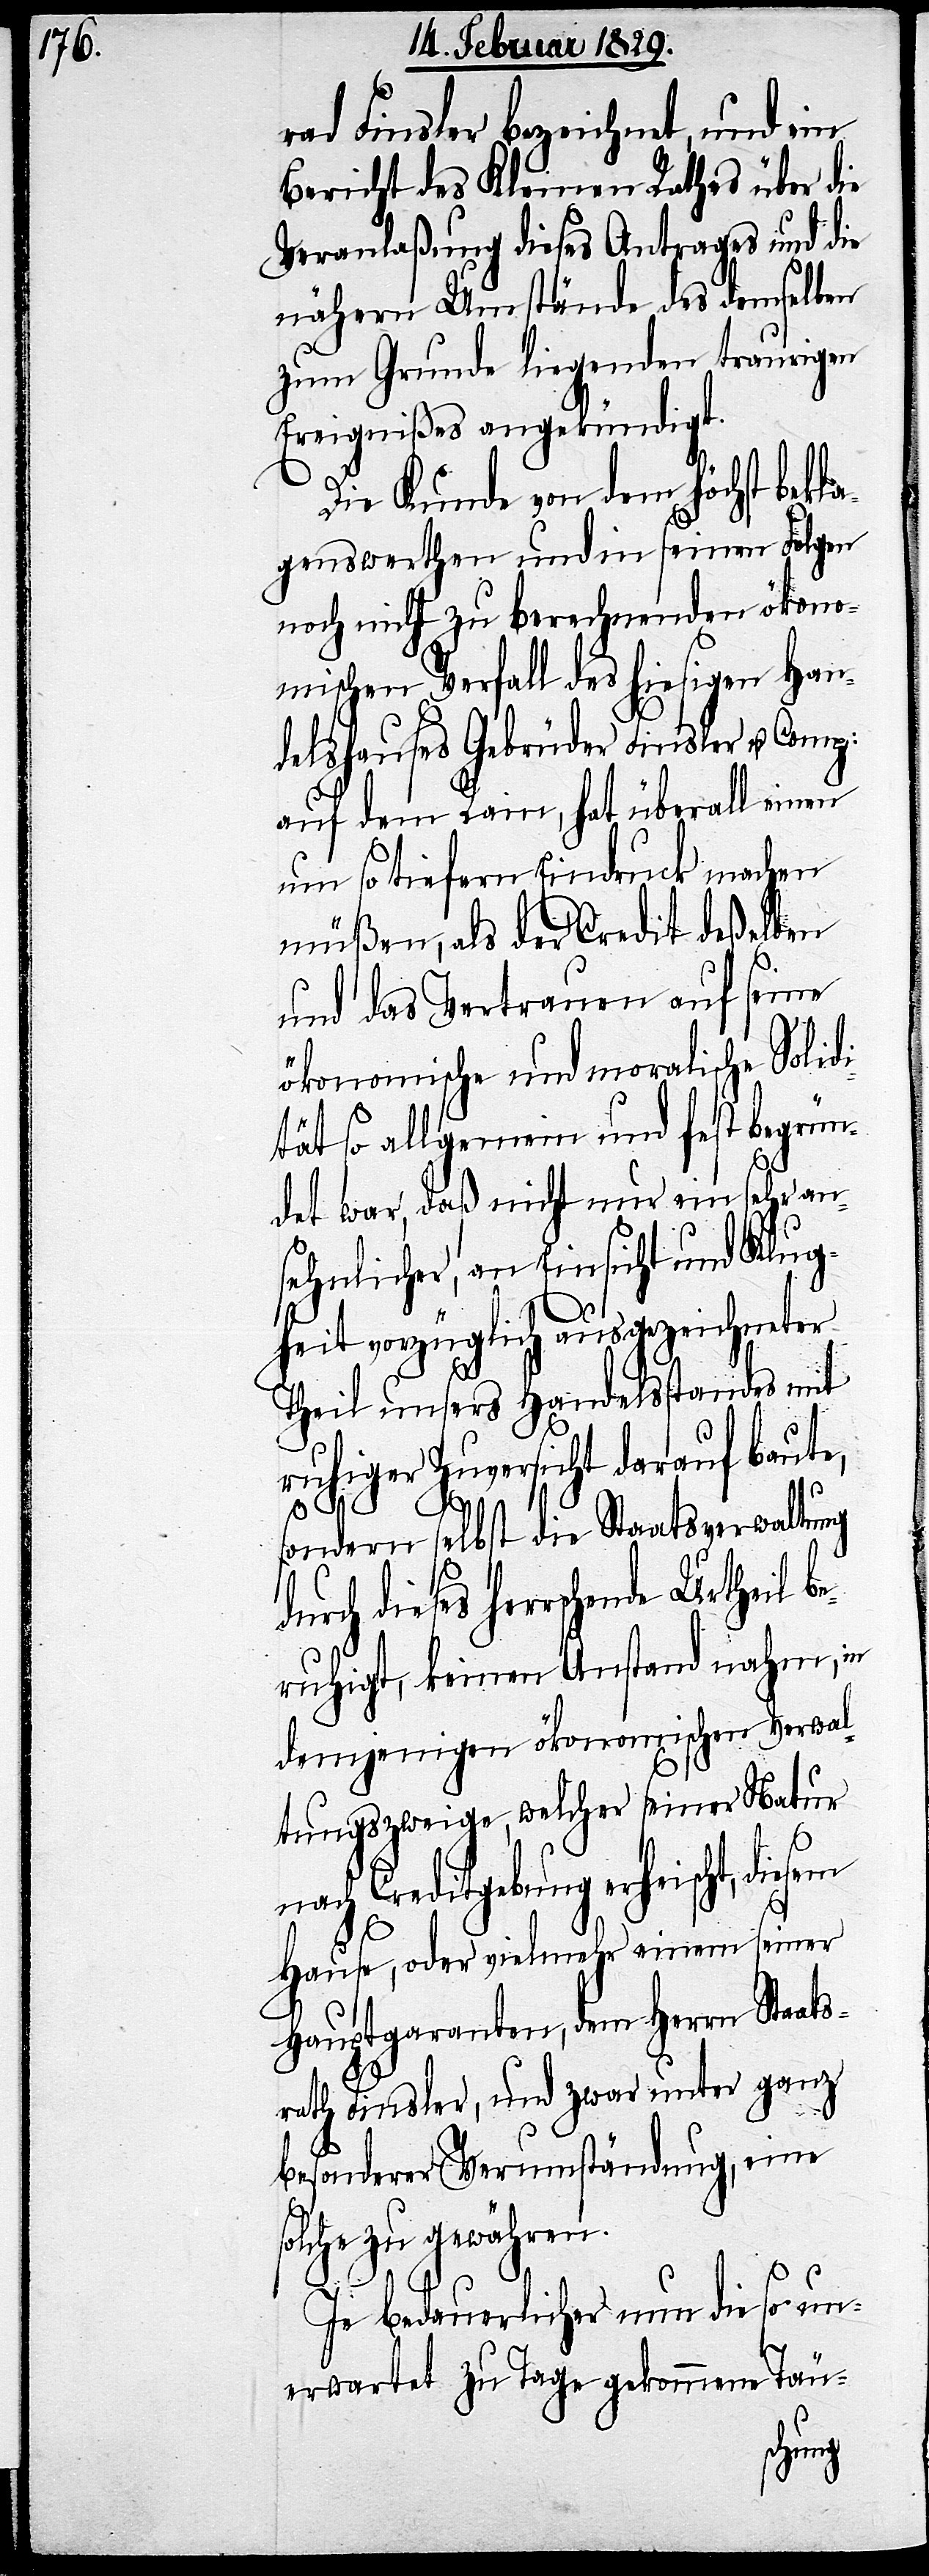
rad Finsler bezeichnet, und ein
Bericht des Kleinen Rathes über die
Veranlaßung dieses Antrages und die
nähern Umstände des demselben
zum Grunde liegenden traurigen
Ereignißes angekündigt.
Die Kunde von dem höchst bekla¬
genswerthen und in seinen Folgen
noch nicht zu berechnenden ökono¬
mischen Verfall des hiesigen Han¬
delshauses Gebrüder Finsler u. Comp:
auf dem Rain, hat überall einen
um so tiefern Eindruck machen
müßen, als der Credit deßelben
und das Vertrauen auf seine
ökonomische und moralische Solid¬
ität so allgemein und fest begrün¬
det war, daß nicht nur ein sehr an¬
sehnlicher, an Einsicht und Klug¬
heit vorzüglich ausgezeichneter
Theil unsers Handelsstandes mit
ruhiger Zuversicht darauf baute,
sondern selbst die Staatsverwaltung
dieses herrschende Urtheil b¬
eruhigt, keinen Anstand nahm, in
demjenigen ökonomischen Verwal¬
tungszweige, welcher seiner Natur
ng erheischt, diesem
Hause, oder vielmehr einem seiner
Hauptgaranten, dem Herrn Staats¬
rath Finsler, und zwar unter ganz
besonderer Verumständung, eine
solche zu gewähren.
Je bedauerlicher nun die so un¬
erwartet zu Tage gekommene Täu-